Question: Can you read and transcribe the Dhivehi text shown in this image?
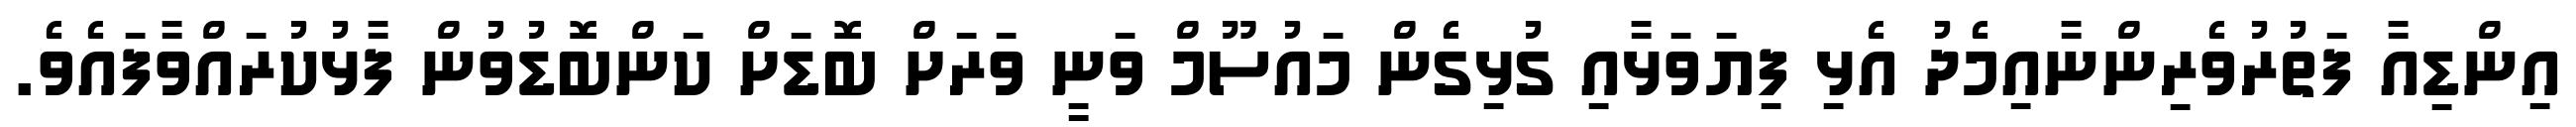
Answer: އިންޑިއާ ފަތުރުވެރިންނާއިމެދު އެޅި ފިޔަވަޅާއި ގުޅިގެން މައުސޫމް ވަނީ ވަރަށް ބޮޑަށް ކަންބޮޑުވުން ފާޅުކުރައްވާފައެވެ.